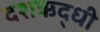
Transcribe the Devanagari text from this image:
दशऋद्धी